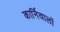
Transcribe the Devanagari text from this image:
कार्निवालों